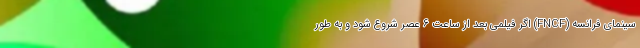
سینمای فرانسه (FNCF) اگر فیلمی بعد از ساعت 6 عصر شروع شود و به طور